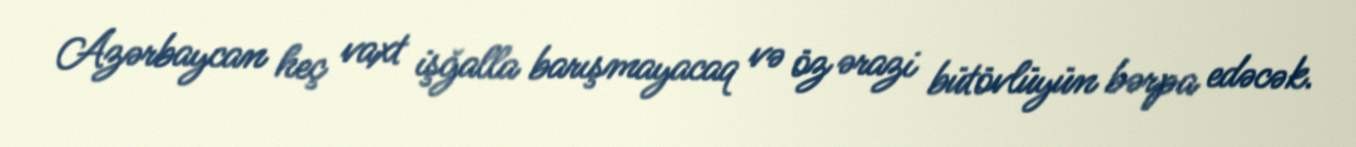
Azərbaycan heç vaxt işğalla barışmayacaq və öz ərazi bütövlüyün bərpa edəcək.